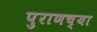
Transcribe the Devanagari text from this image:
पुराणच्या